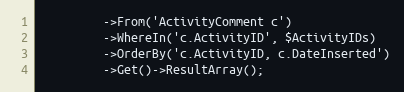
Language: PHP
         ->From('ActivityComment c')
         ->WhereIn('c.ActivityID', $ActivityIDs)
         ->OrderBy('c.ActivityID, c.DateInserted')
         ->Get()->ResultArray();